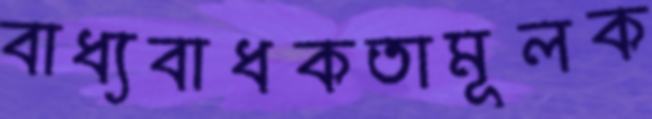
বাধ্যবাধকতামূলক